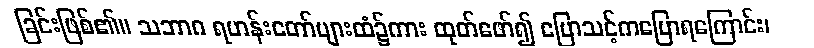
ခြင်းဖြစ်၏။ သဘာဂ ရဟန်းတော်များထံ၌ကား ထုတ်ဖော်၍ ပြောသင့်ကပြောရကြောင်း၊